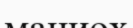
маниох